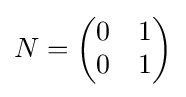
N={\begin{pmatrix}0&1\\0&1\end{pmatrix}}